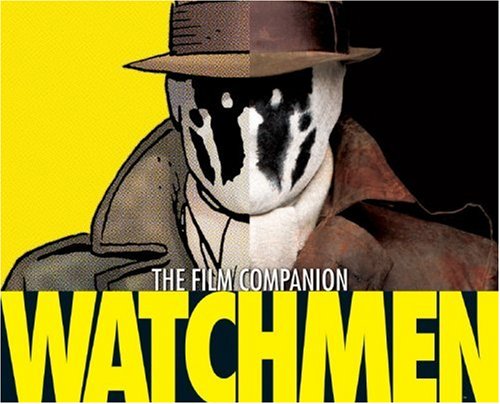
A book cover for Watchmen: The Film Companion; Peter Aperlo; Humor & Entertainment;